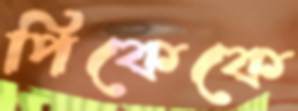
পিকেকে